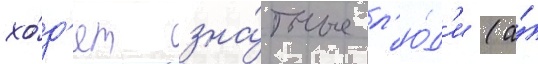
хо́д'ят зна́тные л'ю́д'и (а́